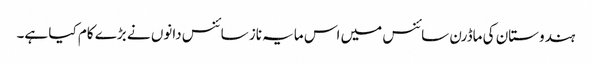
ہندوستان کی ماڈرن سائنس میں اس مایہ ناز سائنس دانوں نے بڑے کام کیا ہے۔